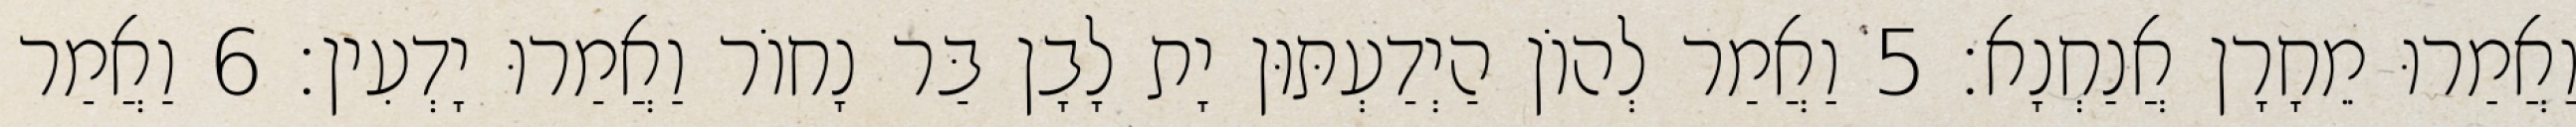
וַאֲמַרוּ מֵחָרָן אֲנַחְנָא׃ 5 וַאֲמַר לְהוֹן הַיְדַעְתּוּן יָת לָבָן בַּר נָחוֹר וַאֲמַרוּ יָדְעִין׃ 6 וַאֲמַר